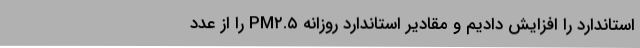
استاندارد را افزایش دادیم و مقادیر استاندارد روزانه PM۲.۵ را از عدد